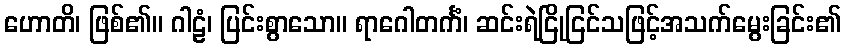
ဟောတိ၊ ဖြစ်၏။ ဂါဠံ၊ ပြင်းစွာသော။ ရာဂေါတင်္ကံ၊ ဆင်းရဲငြိုငြင်သဖြင့်အသက်မွေးခြင်း၏